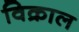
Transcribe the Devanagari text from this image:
विक्राल